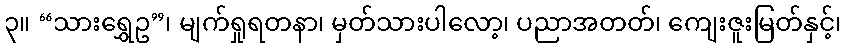
၃။ “သားရွှေဥ”၊ မျက်ရှုရတနာ၊ မှတ်သားပါလော့၊ ပညာအတတ်၊ ကျေးဇူးမြတ်နှင့်၊